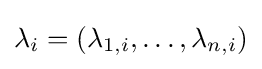
\lambda _{i}=(\lambda _{1,i},\dots ,\lambda _{n,i})